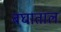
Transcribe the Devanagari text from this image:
बघाताल